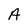
Character: A